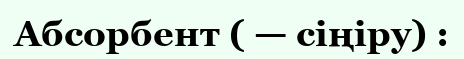
Абсорбент ( — сіңіру) :